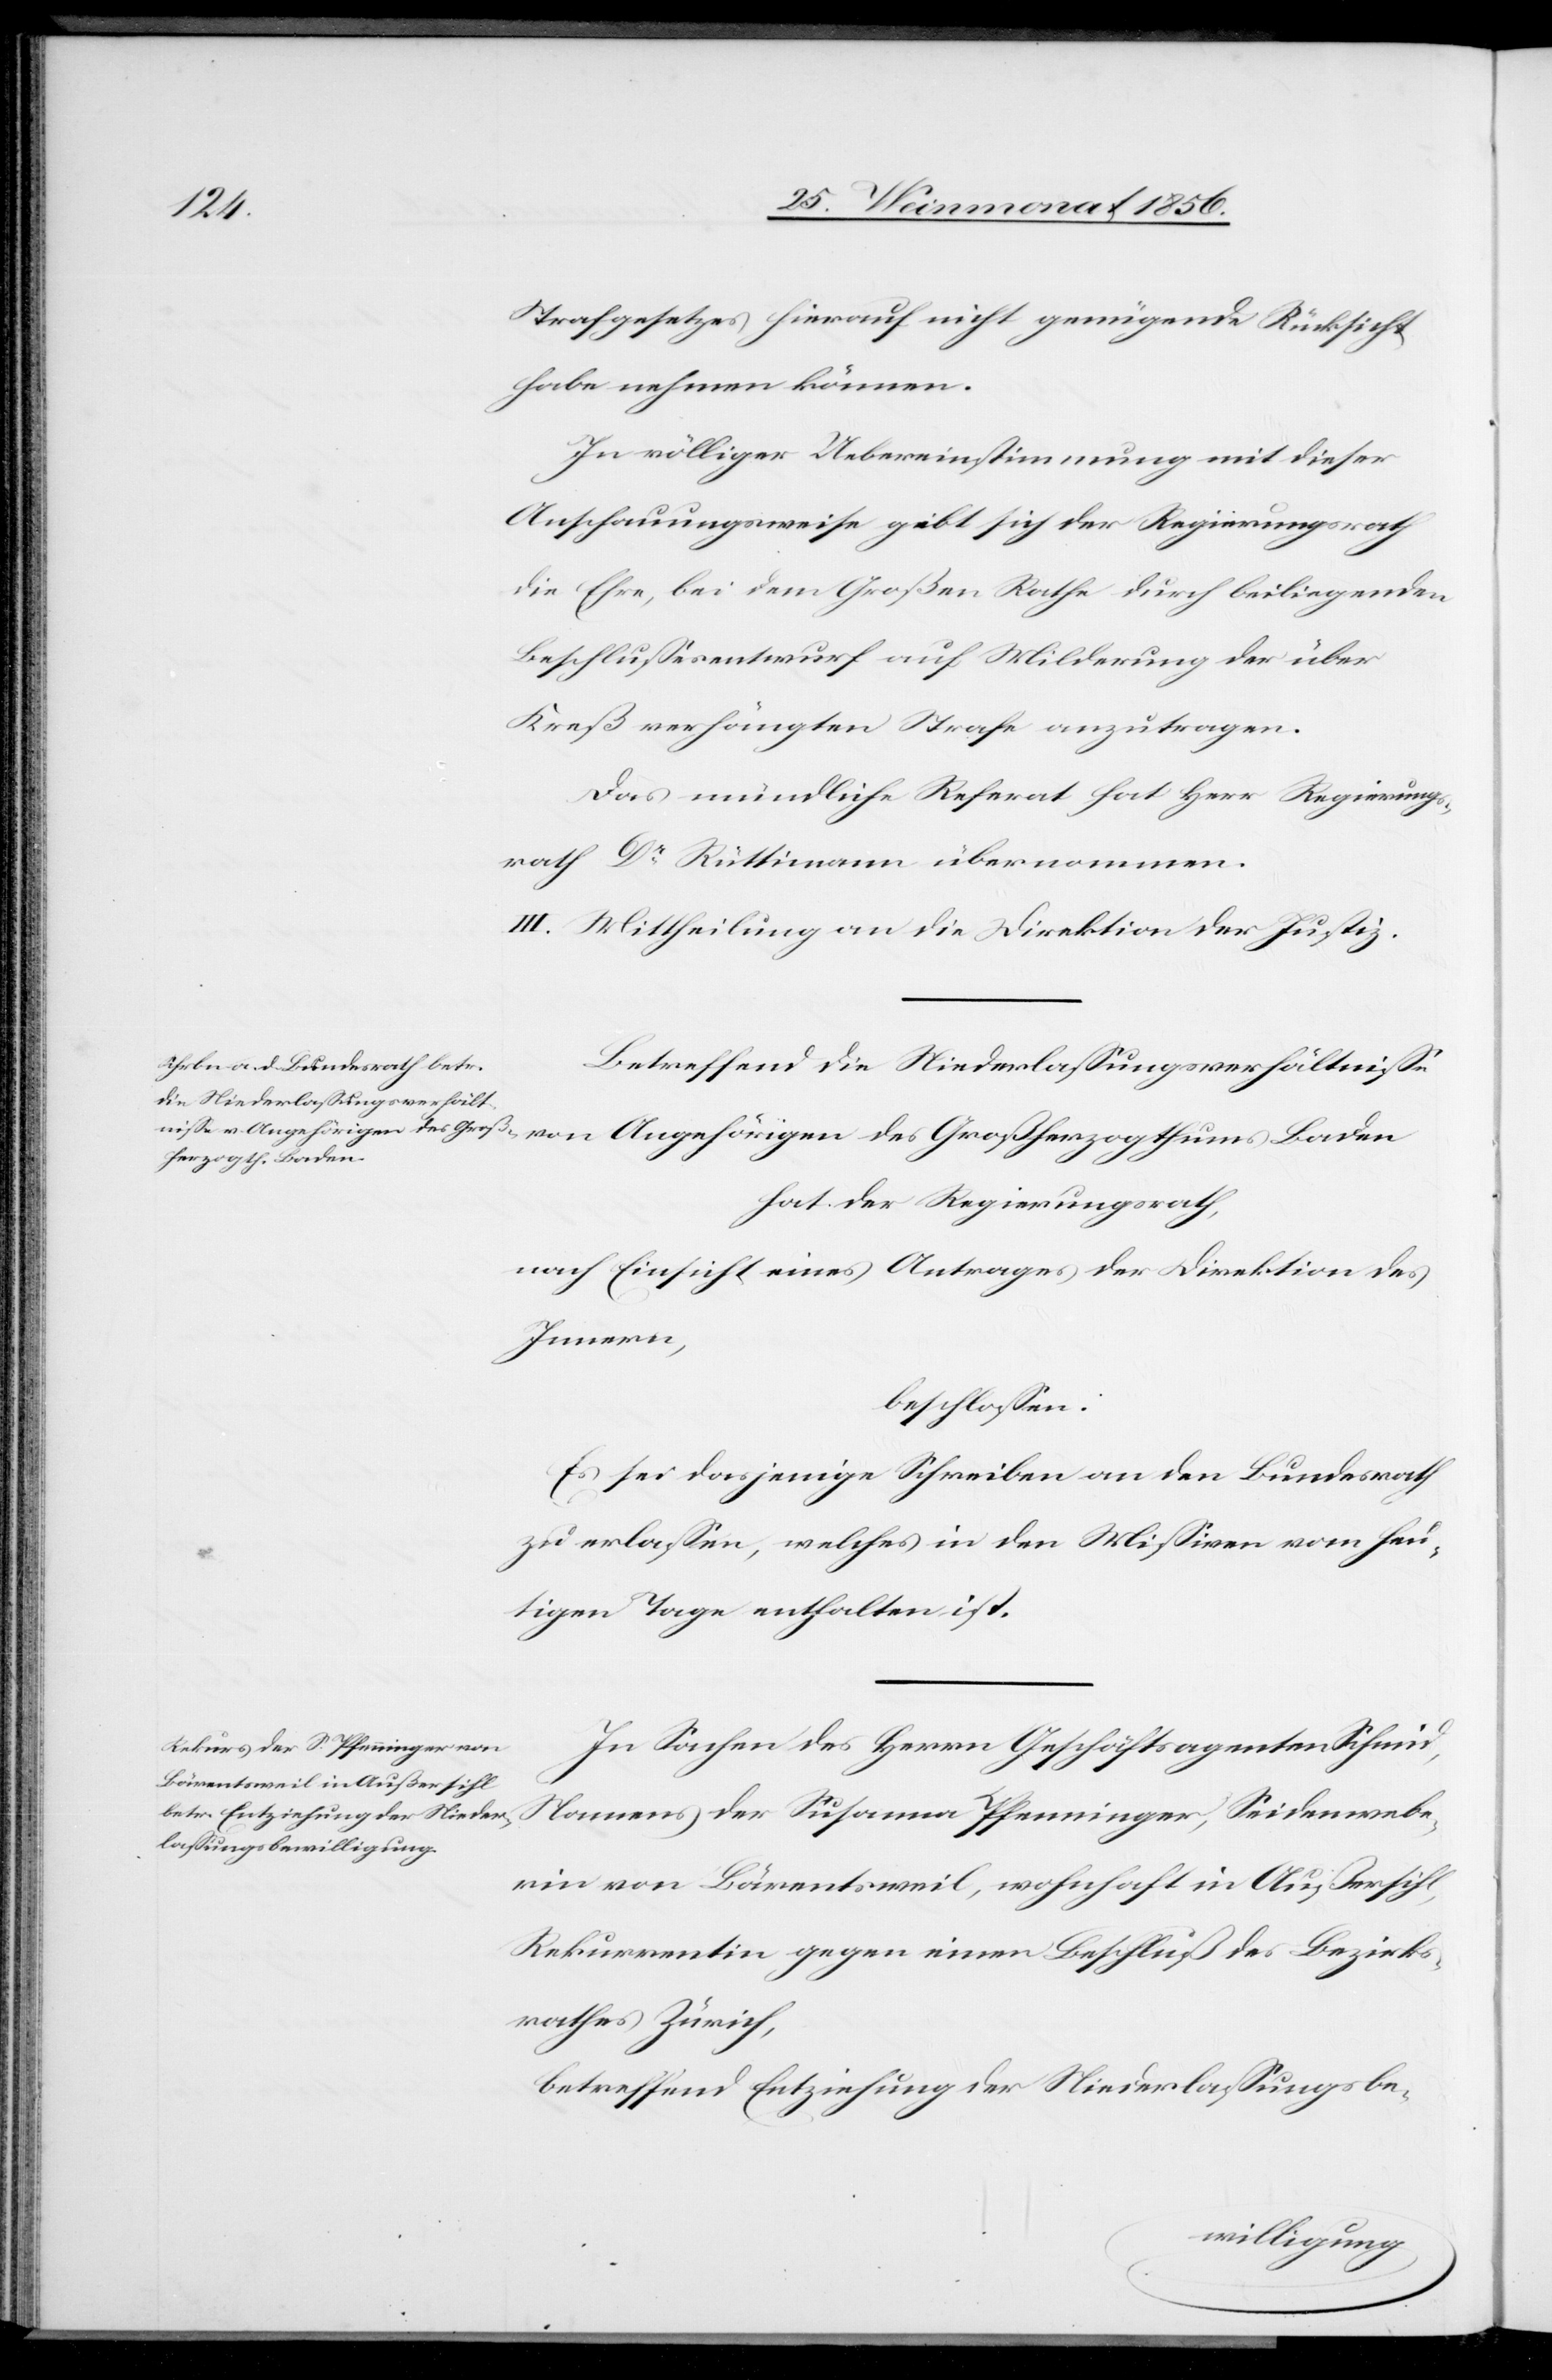
nwebe¬
Strafgesetzes hierauf nicht genügende Rücksicht
habe nehmen können.
In völliger Uebereinstimmung mit dieser
Anschauungsweise gibt sich der Regierungsrath
die Ehre, bei dem Großen Rathe durch beiliegenden
Beschlussesentwurf auf Milderung der über
Kreß verhängten Strafe anzutragen.
Das mündliche Referat hat Herr Regierungs¬
rath Dr Rüttimann übernommen.
III. Mittheilung an die Direktion der Justiz.
Betreffend die Niederlassungsverhältnisse
hat der Regierungsrath,
nach Einsicht eines Antrages der Direktion des
Innern,
beschlossen:
Es sei dasjenige Schreiben an den Bundesrath
zu erlassen, welches in den Missiven vom heu¬
tigen Tage enthalten ist.
In Sachen des Herrn Geschäftsagenten Schmid,
rin von Bärentsweil, wohnhaft in Außersihl,
Rekurrentin gegen einen Beschluß des Bezirks¬
rathes Zürich,
betreffend Entziehung der Niederlassungsbe-